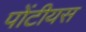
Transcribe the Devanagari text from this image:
पोंटीयस